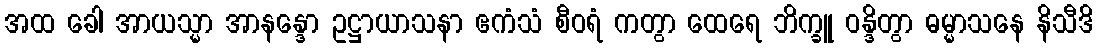
အထ ခေါ အာယသ္မာ အာနန္ဒော ဥဋ္ဌာယာသနာ ဧကံသံ စီဝရံ ကတွာ ထေရေ ဘိက္ခူ ဝန္ဒိတွာ ဓမ္မာသနေ နိသီဒိ